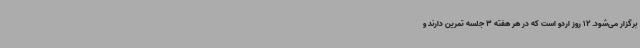
برگزار می‌شود. 12 روز اردو است که در هر هفته 3 جلسه تمرین دارند و